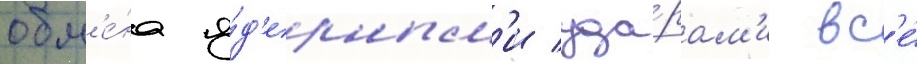
обм'е́на я́д'ерным'и уда́рам'и вс'е́